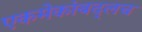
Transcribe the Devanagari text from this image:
एकमेकांबद्लच